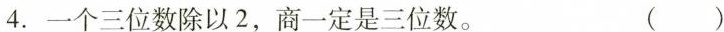
4. 一个三位数除以2，商一定是三位数。 ( )